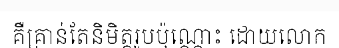
គឺគ្រាន់តែនិមិត្តរូបប៉ុណ្ណោះ ដោយលោក